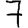
Digit: 7